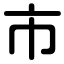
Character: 市